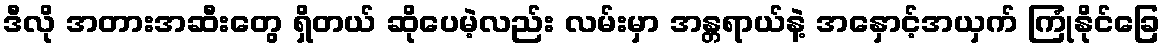
ဒီလို အတားအဆီးတွေ ရှိတယ် ဆိုပေမဲ့လည်း လမ်းမှာ အန္တရာယ်နဲ့ အနှောင့်အယှက် ကြုံနိုင်ခြေ